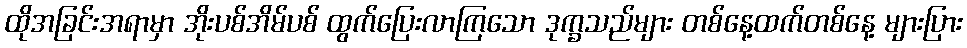
ထိုအခြင်းအရာမှာ အိုးပစ်အိမ်ပစ် ထွက်ပြေးလာကြသော ဒုက္ခသည်များ တစ်နေ့ထက်တစ်နေ့ များပြား